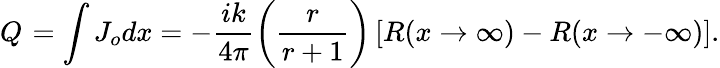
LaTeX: Q_{}=\int J_{o}dx=-\frac{ik}{4\pi}\left(\frac{r}{r+1}\right)\left[R(x\rightarrow\infty)-R(x\rightarrow-\infty)\right].